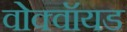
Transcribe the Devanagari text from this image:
वोक्वॉयड